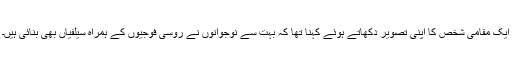
ایک مقامی شخص کا اپنی تصویر دکھاتے ہوئے کہنا تھا کہ بہت سے نوجوانوں نے روسی فوجیوں کے ہمراہ سیلفیاں بھی بنائی ہیں۔